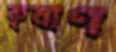
কৃষাণ